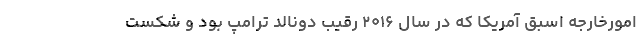
امورخارجه اسبق آمریکا که در سال ۲۰۱۶ رقیب دونالد ترامپ بود و شکست